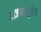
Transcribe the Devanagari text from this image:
आजारामुळेच